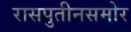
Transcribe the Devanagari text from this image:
रासपुतीनसमोर